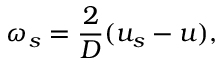
\boldsymbol { \omega } _ { s } = \frac { 2 } { D } ( \boldsymbol { u _ { s } } - \boldsymbol { u } ) ,